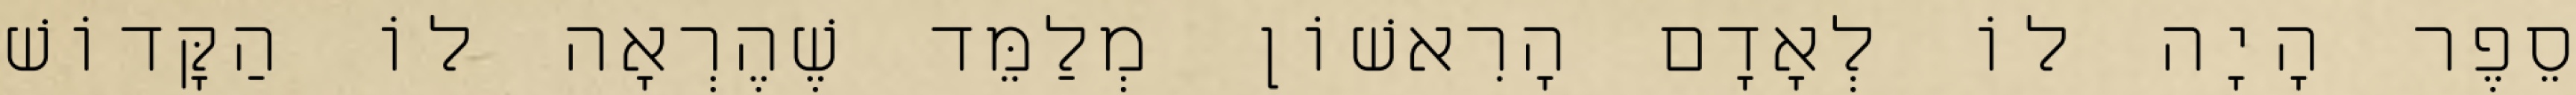
סֵפֶר הָיָה לוֹ לְאָדָם הָרִאשׁוֹן מְלַמֵּד שֶׁהֶרְאָה לוֹ הַקָּדוֹשׁ